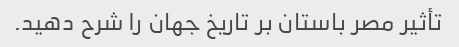
تأثیر مصر باستان بر تاریخ جهان را شرح دهید.